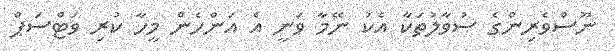
ނޫސްވެރިންގެ ސުވާލުތަކާ އެކު ނޭމާ ވަނީ އެ އަންހެން މީހާ ކުރި ވަޓްސަޕް